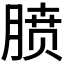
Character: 𪱥